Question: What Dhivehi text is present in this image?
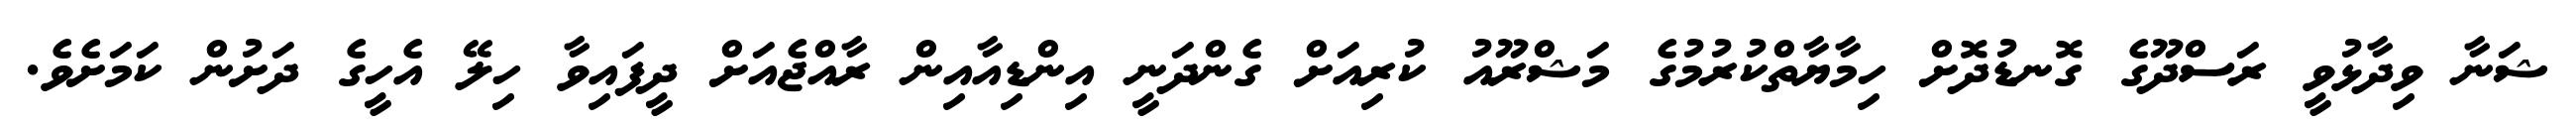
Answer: ޝަނާ ވިދާޅުވީ ރަސްދޫގެ ގޮނޑުދޮށް ހިމާޔާތްކުރުމުގެ މަޝްރޫއު ކުރިއަށް ގެންދަނީ އިންޑިއާއިން ރާއްޖެއަށް ދީފައިވާ ހިލޭ އެހީގެ ދަށުން ކަމަށެވެ.